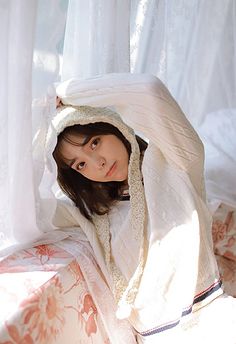
妾身悔作商人妇，妾命当逢薄幸夫。